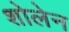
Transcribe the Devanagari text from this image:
शोलेन